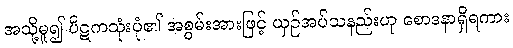
အသို့မူ၍ ပိဋကသုံးပုံ၏ အစွမ်းအားဖြင့် ယှဉ်အပ်သနည်းဟု စောဒနာရှိရကား